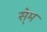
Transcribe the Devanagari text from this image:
से्म